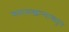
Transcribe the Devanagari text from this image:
फरासखान्याकडून